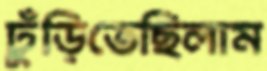
ঢুঁড়িতেছিলাম